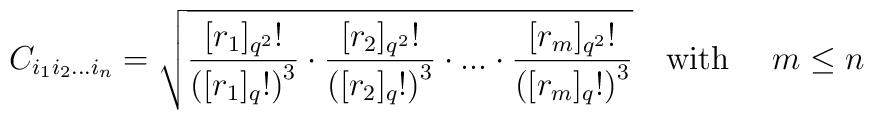
C_{i_{1} i_{2} ...  i_{n}} = \sqrt{\frac{[r_1]_{q^2}	!}{\left([r_1]_{q}!\right)^3} \cdot \frac{[r_2]_{q^2}	!}{\left([r_2]_{q}!\right)^3}\cdot ...  \cdot\frac{[r_m]_{q^2}	!}{\left([r_m]_{q}!\right)^3}}\mbox{\quad with \quad} m\le n